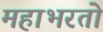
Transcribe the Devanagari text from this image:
महाभरतो